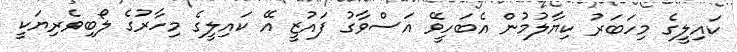
ކައިލީގެ މިހަބަރު ކިޔާލުމުން އެބަހީވޭ އަސްވާގު ފައުޒީ އޭ ކައިލީގެ މިހާރުގެ ލޯބިވެރިޔަކީ